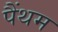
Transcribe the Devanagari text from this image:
पैंथम